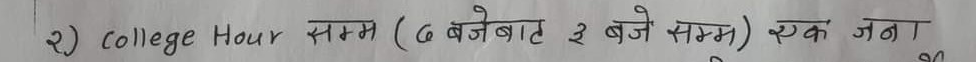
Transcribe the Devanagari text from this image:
२) College Hour सम्म (७ बजेबाट ३ बजे सम्म) एक जना